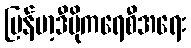
မြန်မာ့ဒီမိုကရေစီအရေး